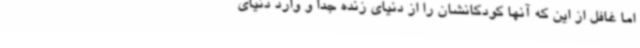
اما غافل از این‌ که آنها کودکانشان را از دنیای زنده جدا و وارد دنیای